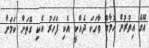
އޭގެ އިތުރުން ހުމާމް ވާހަކަ ދެއްކީ އެކި ފަހަރު އެކި ގޮތަށް ކަމަށް